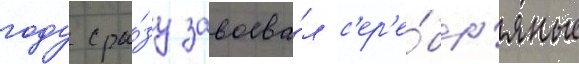
году сра́зу завоева́л с'ер'е́бр'яные